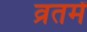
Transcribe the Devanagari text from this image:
व्रतमें